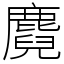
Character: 麑